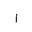
Letter: _alif